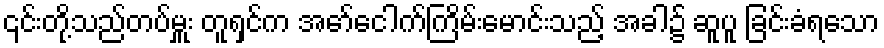
၎င်းတို့သည်တပ်မှူး တူရှင်က အော်ငေါက်ကြိမ်းမောင်းသည့် အခါ၌ ဆူပူ ခြင်းခံရသော